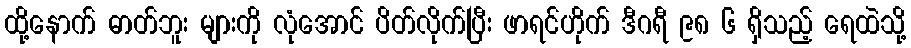
ထို့နောက် ဓာတ်ဘူး များကို လုံအောင် ပိတ်လိုက်ပြီး ဖာရင်ဟိုက် ဒီဂရီ ၉၈ ၆ ရှိသည့် ရေထဲသို့